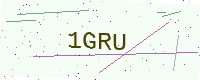
Text: 1GRU